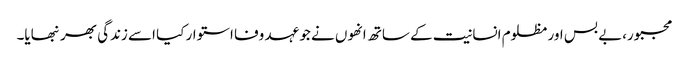
مجبور،بے بس اور مظلوم انسانیت کے ساتھ انھوں نے جو عہد وفا استوار کیا اسے زندگی بھر نبھایا۔